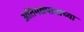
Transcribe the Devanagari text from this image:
अतिमद्यपानाच्या